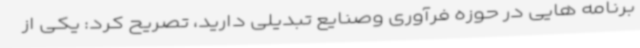
برنامه هایی در حوزه فرآوری وصنایع تبدیلی دارید، تصریح کرد: یکی از